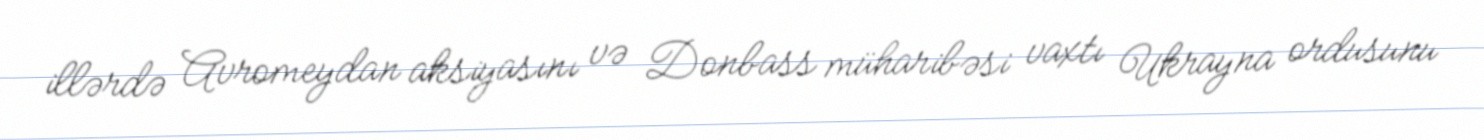
illərdə Avromeydan aksiyasını və Donbass müharibəsi vaxtı Ukrayna ordusunu